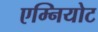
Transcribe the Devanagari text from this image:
एम्नियोट